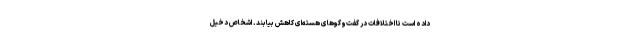
داده است تا اختلافات در گفت‌وگوهای هسته‌ای کاهش بیابند. اشخاص دخیل